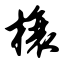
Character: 榱